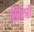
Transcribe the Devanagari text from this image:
ख्रिस्त्री